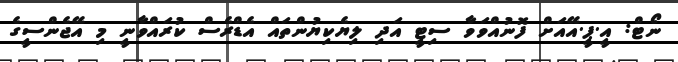
ނޯޓް: އީ.ޕީ.އޭއަށް ފޮނުއްވަވާ ސިޓީ އަދި ލިޔެކިޔުންތައް އެޑްރެސް ކުރައްވާނީ މި އޭޖެންސީގެ